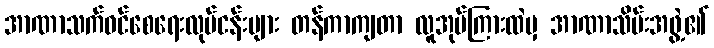
အာဏာသက်ဝင်စေရေးလုပ်ငန်းများ တန်ကာကျတာ လူအုပ်ကြားထဲမှ အာဏာသိမ်းအဖွဲ့၏